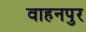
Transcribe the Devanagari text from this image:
वाहनपुर